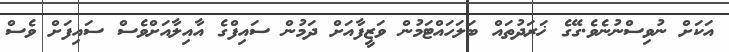
އަކަށް ނުވިސްނުނެވެ.ގޭގެ ޚަރަދުތައް ބަލަހައްޓަމުން ވަޒީފާއަށް ދަމުން ސައިފްގެ އާއިލާއަށްވެސް ސައިފަށް ވެސް